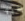
هيا